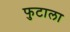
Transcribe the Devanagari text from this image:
फुटाला